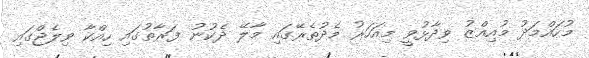
މުހައްމަދު މުއިއްޒު ވިދާޅުވީ މިއަހަރު މެދުތެރޭގައި މާލޭ ދެކުނު ފަރާތުގައި ހިއްކާ ވިލެޖްގައި